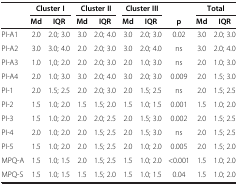
<table><thead><tr><td><b> </b></td><td colspan="2"><b>Cluster I</b></td><td colspan="2"><b>Cluster II</b></td><td colspan="2"><b>Cluster III</b></td><td rowspan="2"><b>p</b></td><td colspan="2"><b>Total</b></td></tr><tr><td><b> </b></td><td><b>Md</b></td><td><b>IQR</b></td><td><b>Md</b></td><td><b>IQR</b></td><td><b>Md</b></td><td><b>IQR</b></td><td><b>Md</b></td><td><b>IQR</b></td></tr></thead><tbody><tr><td>PI-A1</td><td>2.0</td><td>2.0; 3.0</td><td>3.0</td><td>2.0; 4.0</td><td>3.0</td><td>2.0; 3.0</td><td>0.02</td><td>3.0</td><td>2.0; 3.0</td></tr><tr><td>PI-A2</td><td>3.0</td><td>3.0; 4.0</td><td>2.0</td><td>2.0; 3.0</td><td>3.0</td><td>2.0; 4.0</td><td>ns</td><td>3.0</td><td>2.0; 4.0</td></tr><tr><td>PI-A3</td><td>1.0</td><td>1,0; 2.0</td><td>2.0</td><td>2.0; 3.0</td><td>2.0</td><td>1.0; 3.0</td><td>ns</td><td>2.0</td><td>1.0; 3.0</td></tr><tr><td>PI-A4</td><td>2.0</td><td>1.0; 3.0</td><td>3.0</td><td>2.0; 4.0</td><td>3.0</td><td>2.0; 3.0</td><td>0.009</td><td>2.0</td><td>1.5; 3.0</td></tr><tr><td>PI-1</td><td>2.0</td><td>1.5; 2.5</td><td>2.0</td><td>2.0; 3.0</td><td>2.0</td><td>1.5; 2.5</td><td>ns</td><td>2.0</td><td>1.5; 2.5</td></tr><tr><td>PI-2</td><td>1.5</td><td>1.0; 2.0</td><td>1.5</td><td>1.5; 2.0</td><td>1.5</td><td>1.0; 1.5</td><td>0.001</td><td>1.5</td><td>1.0; 2.0</td></tr><tr><td>PI-3</td><td>1.5</td><td>1.0; 2.0</td><td>2.0</td><td>2.0; 2.5</td><td>2.0</td><td>1.5; 3.0</td><td>0.002</td><td>2.0</td><td>1.5; 2.5</td></tr><tr><td>PI-4</td><td>2.0</td><td>1.0; 2.0</td><td>2.0</td><td>1.5; 2.5</td><td>2.0</td><td>1.5; 3.0</td><td>ns</td><td>2.0</td><td>1.5; 2.5</td></tr><tr><td>PI-5</td><td>1.5</td><td>1.0; 2.0</td><td>2.0</td><td>1.5; 2.5</td><td>2.0</td><td>1.0; 2.0</td><td>0.005</td><td>2.0</td><td>1.5; 2.0</td></tr><tr><td>MPQ-A</td><td>1.5</td><td>1.0; 1.5</td><td>2.0</td><td>1.5; 2.5</td><td>1.5</td><td>1.0; 2.0</td><td>&lt;0.001</td><td>1.5</td><td>1.0; 2.0</td></tr><tr><td>MPQ-S</td><td>1.5</td><td>1.0; 1.5</td><td>1.5</td><td>1.5; 2.0</td><td>1.5</td><td>1.0; 1.5</td><td>0.04</td><td>1.5</td><td>1.0; 2.0</td></tr></tbody></table>